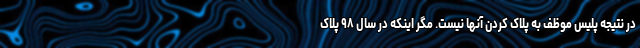
در نتیجه پلیس موظف به پلاک کردن آنها نیست. مگر اینکه در سال ۹۸ پلاک